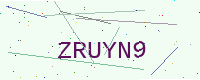
Text: ZRUYN9